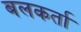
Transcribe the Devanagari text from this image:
बलकर्ता